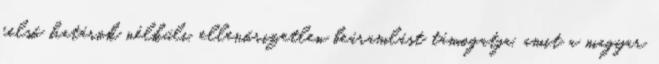
felső határok nélküli, ellenőrizetlen beáramlást támogatja, amit a magyar